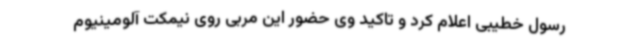
رسول خطیبی اعلام کرد و تاکید وی حضور این مربی روی نیمکت آلومینیوم